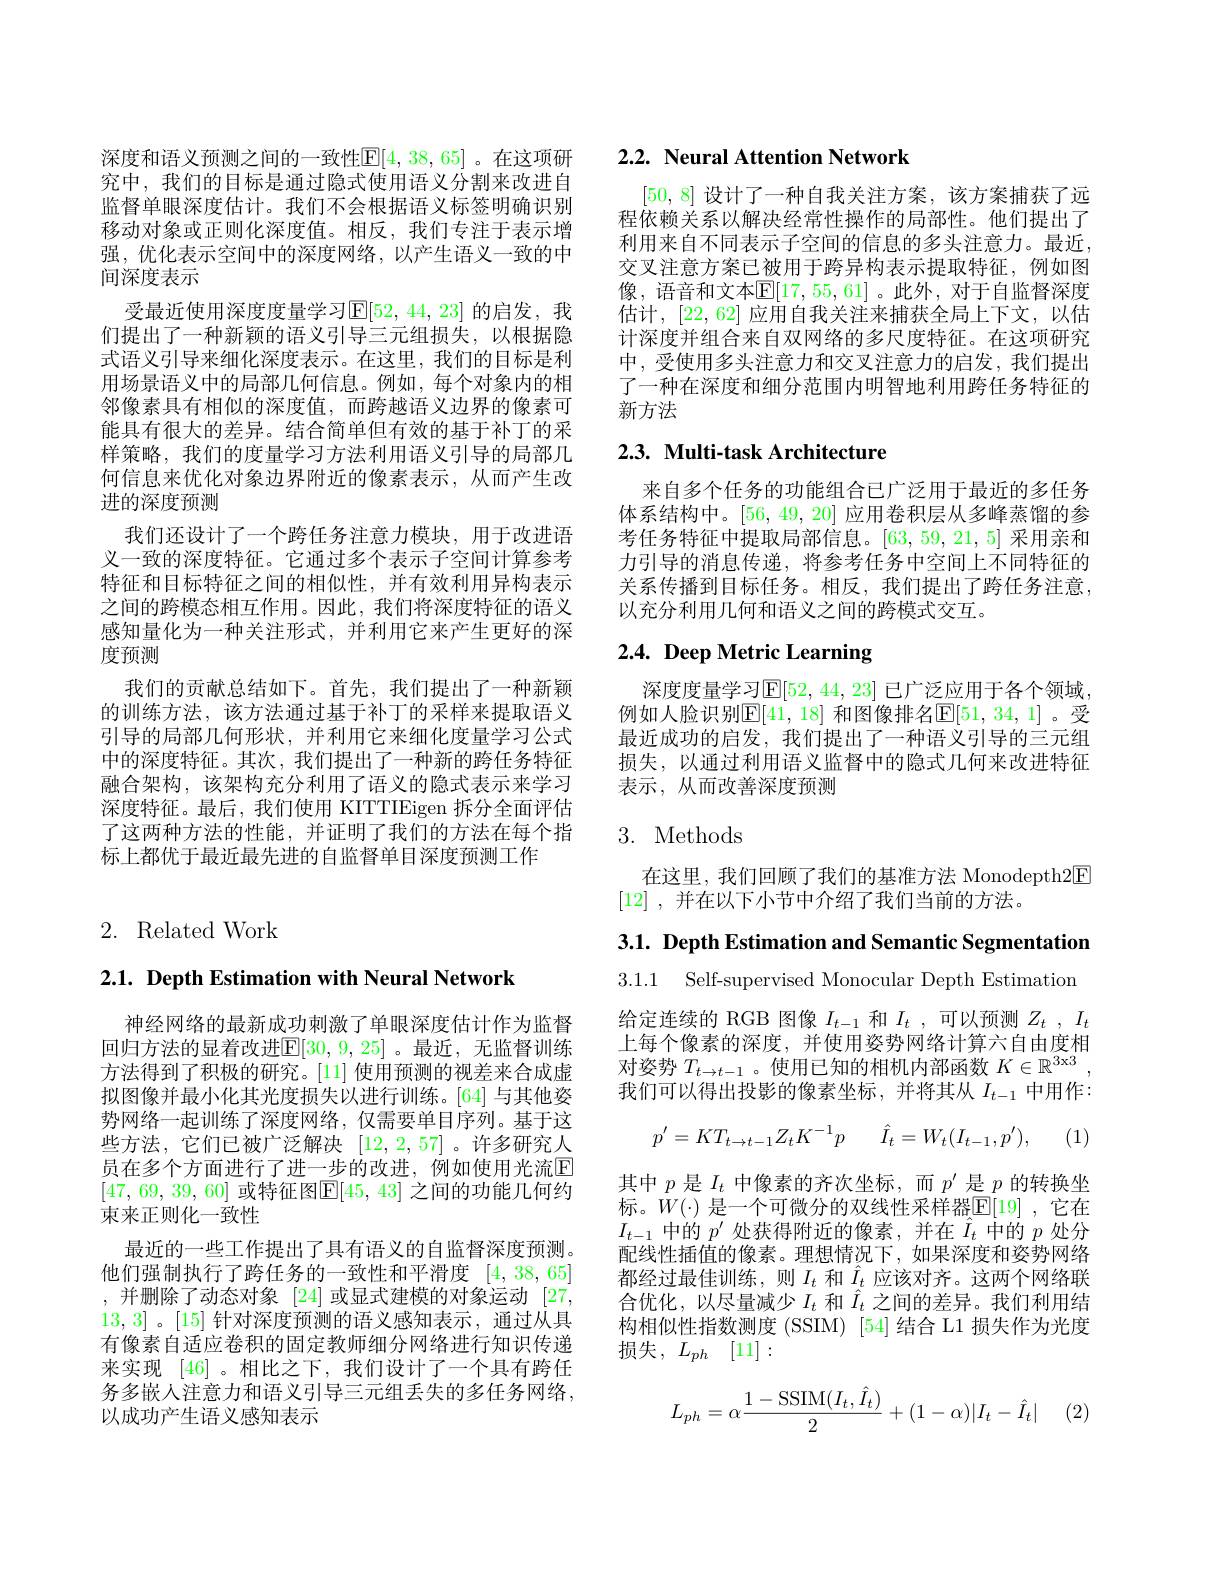
深度和语义预测之间的一致性$\mathbb{E}[4,38,65]$。在这项研究中，我们的目标是通过隐式使用语义分割来改进自监督单眼深度估计。我们不会根据语义标签明确识别移动对象或正则化深度值。相反，我们专注于表示增强，优化表示空间中的深度网络，以产生语义一致的中间深度表示
受最近使用深度度量学习$\mathbb{E}[52,44,23]$ 的启发，我们提出了一种新颖的语义引导三元组损失，以根据隐式语义引导来细化深度表示。在这里，我们的目标是利用场景语义中的局部几何信息。例如，每个对象内的相邻像素具有相似的深度值，而跨越语义边界的像素可能具有很大的差异。结合简单但有效的基于补丁的采样策略，我们的度量学习方法利用语义引导的局部几何信息来优化对象边界附近的像素表示，从而产生改进的深度预测
我们还设计了一个跨任务注意力模块，用于改进语义一致的深度特征。它通过多个表示子空间计算参考特征和目标特征之间的相似性，并有效利用异构表示之间的跨模态相互作用。因此，我们将深度特征的语义感知量化为一种关注形式，并利用它来产生更好的深度预测
我们的贡献总结如下。首先，我们提出了一种新颖的训练方法，该方法通过基于补丁的采样来提取语义引导的局部几何形状，并利用它来细化度量学习公式中的深度特征。其次，我们提出了一种新的跨任务特征融合架构，该架构充分利用了语义的隐式表示来学习深度特征。最后，我们使用 KITTIEigen 拆分全面评估了这两种方法的性能，并证明了我们的方法在每个指标上都优于最近最先进的自监督单目深度预测工作

# 2. Related Work

$2. 1. \textbf{ Depth Estimation with Neural Network}$

神经网络的最新成功刺激了单眼深度估计作为监督回归方法的显着改进$\mathbb{E}[30,9,25]$ 。最近，无监督训练方法得到了积极的研究。[11] 使用预测的视差来合成虚拟图像并最小化其光度损失以进行训练。[64] 与其他姿势网络一起训练了深度网络，仅需要单目序列。基于这些方法，它们已被广泛解决[12,2,57]。许多研究人员在多个方面进行了进一步的改进，例如使用光流$\overline{\mathrm{E}}$ [47, 69, 39, 60] 或特征图$\overline {\mathrm{E} }[ 45$, 43] 之间的功能几何约束来正则化一致性
最近的一些工作提出了具有语义的自监督深度预测。他们强制执行了跨任务的一致性和平滑度[4,38,65] ,并删除了动态对象 [24]或显式建模的对象运动 [27, 13,3]。[15]针对深度预测的语义感知表示，通过从具有像素自适应卷积的固定教师细分网络进行知识传递来实现[46] 。相比之下，我们设计了一个具有跨任务多嵌人注意力和语义引导三元组丢失的多任务网络， 以成功产生语义感知表示

## 2.2. Neural Attention Network

[50,8]设计了一种自我关注方案，该方案捕获了远程依赖关系以解决经常性操作的局部性。他们提出了利用来自不同表示子空间的信息的多头注意力。最近， 交叉注意方案已被用于跨异构表示提取特征，例如图像，语音和文本$\mathbb{E}[17,55,61]$。此外，对于自监督深度估计，[22,62]应用自我关注来捕获全局上下文，以估计深度并组合来自双网络的多尺度特征。在这项研究中，受使用多头注意力和交叉注意力的启发，我们提出了一种在深度和细分范围内明智地利用跨任务特征的新方法

# 2.3. Multi-task Architecture

来自多个任务的功能组合已广泛用于最近的多任务体系结构中。[56,49,20]应用卷积层从多峰蒸馏的参考任务特征中提取局部信息。[63,59,21,5]采用亲和力引导的消息传递，将参考任务中空间上不同特征的关系传播到目标任务。相反，我们提出了跨任务注意， 以充分利用几何和语义之间的跨模式交互。

# 2.4. Deep Metric Learning

深度度量学习$\mathbb{E}[52,44,23]$ 已广泛应用于各个领域， 例如人脸识别$\mathbb{E}[41,18]$ 和图像排名$\mathbb{E}[51,34,1]$ 。受最近成功的启发，我们提出了一种语义引导的三元组损失，以通过利用语义监督中的隐式几何来改进特征表示，从而改善深度预测

# 3. Methods

在这里，我们回顾了我们的基准方法 Monodepth2E
[12] , 并在以下小节中介绍了我们当前的方法。

3.1. Depth Estimation and Semantic Segmentation

3.1.1 Self-supervised Monocular Depth Estimation

给定连续的 RGB 图像$I_t-1$和$I_t$,可以预测$Z_t,I_t$ 上每个像素的深度，并使用姿势网络计算六自由度相对姿势$T_t\to t-1$ 。使用已知的相机内部函数$K\in\mathbb{R}^3$x3 , 我们可以得出投影的像素坐标，并将其从$I_t-1$ 中用作：
$$p'=KT_{t\to t-1}Z_{t}K^{-1}p\quad\hat{I}_{t}=W_{t}(I_{t-1},p'),$$
其中$p$是$I_t$中像素的齐次坐标，而$p^\prime$是$p$的转换坐标。$W(\cdot)$ 是一个可微分的双线性采样器$\underline{\mathbb{E}}[19]$ ,它在$I_{t-1}$中的$p^\prime$处获得附近的像素，并在$\hat{I}_t$中的$p$处分配线性插值的像素。理想情况下，如果深度和姿势网络都经过最佳训练，则$I_t$和$\hat{I}_t$应该对齐。这两个网络联合优化，以尽量减少$I_t$和$\hat{I}_t$之间的差异。我们利用结构相似性指数测度 (SSIM) [54] 结合 L1 损失作为光度损失$, L_ph$ [11]:
$$L_{ph}=\alpha\frac{1-\mathrm{SSIM}(I_t,\hat{I}_t)}{2}+(1-\alpha)|I_t-\hat{I}_t|$$